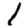
Digit: 1